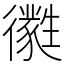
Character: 㣸